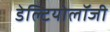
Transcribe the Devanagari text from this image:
डेल्टियोलॉजी